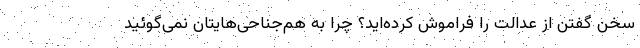
سخن گفتن از عدالت را فراموش کرده‌اید؟ چرا به هم‌جناحی‌هایتان نمی‌گوئید